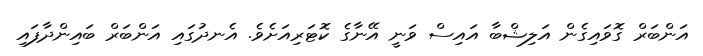
އަންބަރް ގޮވައިގެން އަލިޝްބާ އައިސް ވަނީ އޭނާގެ ކޮޓަރިއަށެވެ. އެނދުގައި އަންބަރް ބައިންދާފައި